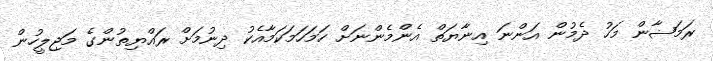
ރަމަޟާން މަހު ދެމުން އަންނަ އިނާޔަތް އެންމެންނަށް ހަމަހަމަކަމާއެކު ދިނުމަށް ރައްޔިތުންގެ މަޖިލީހުން